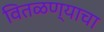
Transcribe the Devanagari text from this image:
वितळण्याचा